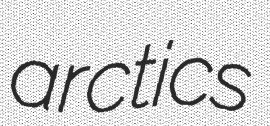
arctics